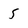
Character: 5